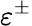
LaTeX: \varepsilon^{\pm}